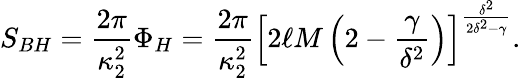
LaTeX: S_{BH}={\frac{2\pi}{\kappa_{2}^{2}}}\Phi_{H}={\frac{2\pi}{\kappa_{2}^{2}}}\left[2\ell M\left(2-{\frac{\gamma}{\delta^{2}}}\right)\right]^{\frac{\delta^{2}}{2\delta^{2}-\gamma}}.